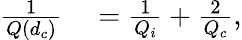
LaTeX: \begin{array}{rl}{\frac{1}{Q(d_{c})}}&{{}=\frac{1}{Q_{i}}+\frac{2}{Q_{c}},}\end{array}